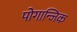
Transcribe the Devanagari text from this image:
पोगान्जिक